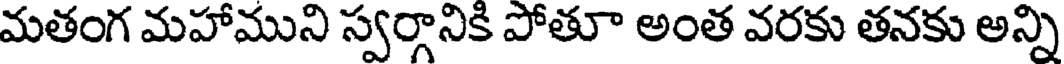
మతంగ మహాముని స్వర్గానికి పోతూ అంత వరకు తనకు అన్ని